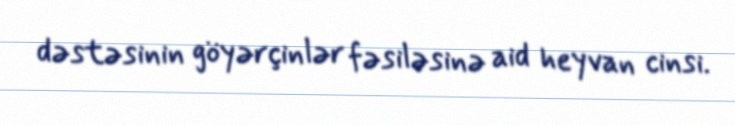
dəstəsinin göyərçinlər fəsiləsinə aid heyvan cinsi.